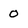
Character: 0